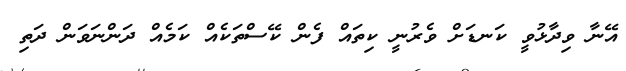
އޭނާ ވިދާޅުވީ ކަނޑަށް ވެރުނީ ކިތައް ފެން ކޭސްތަކެއް ކަމެއް ދަންނަވަން ދަތި